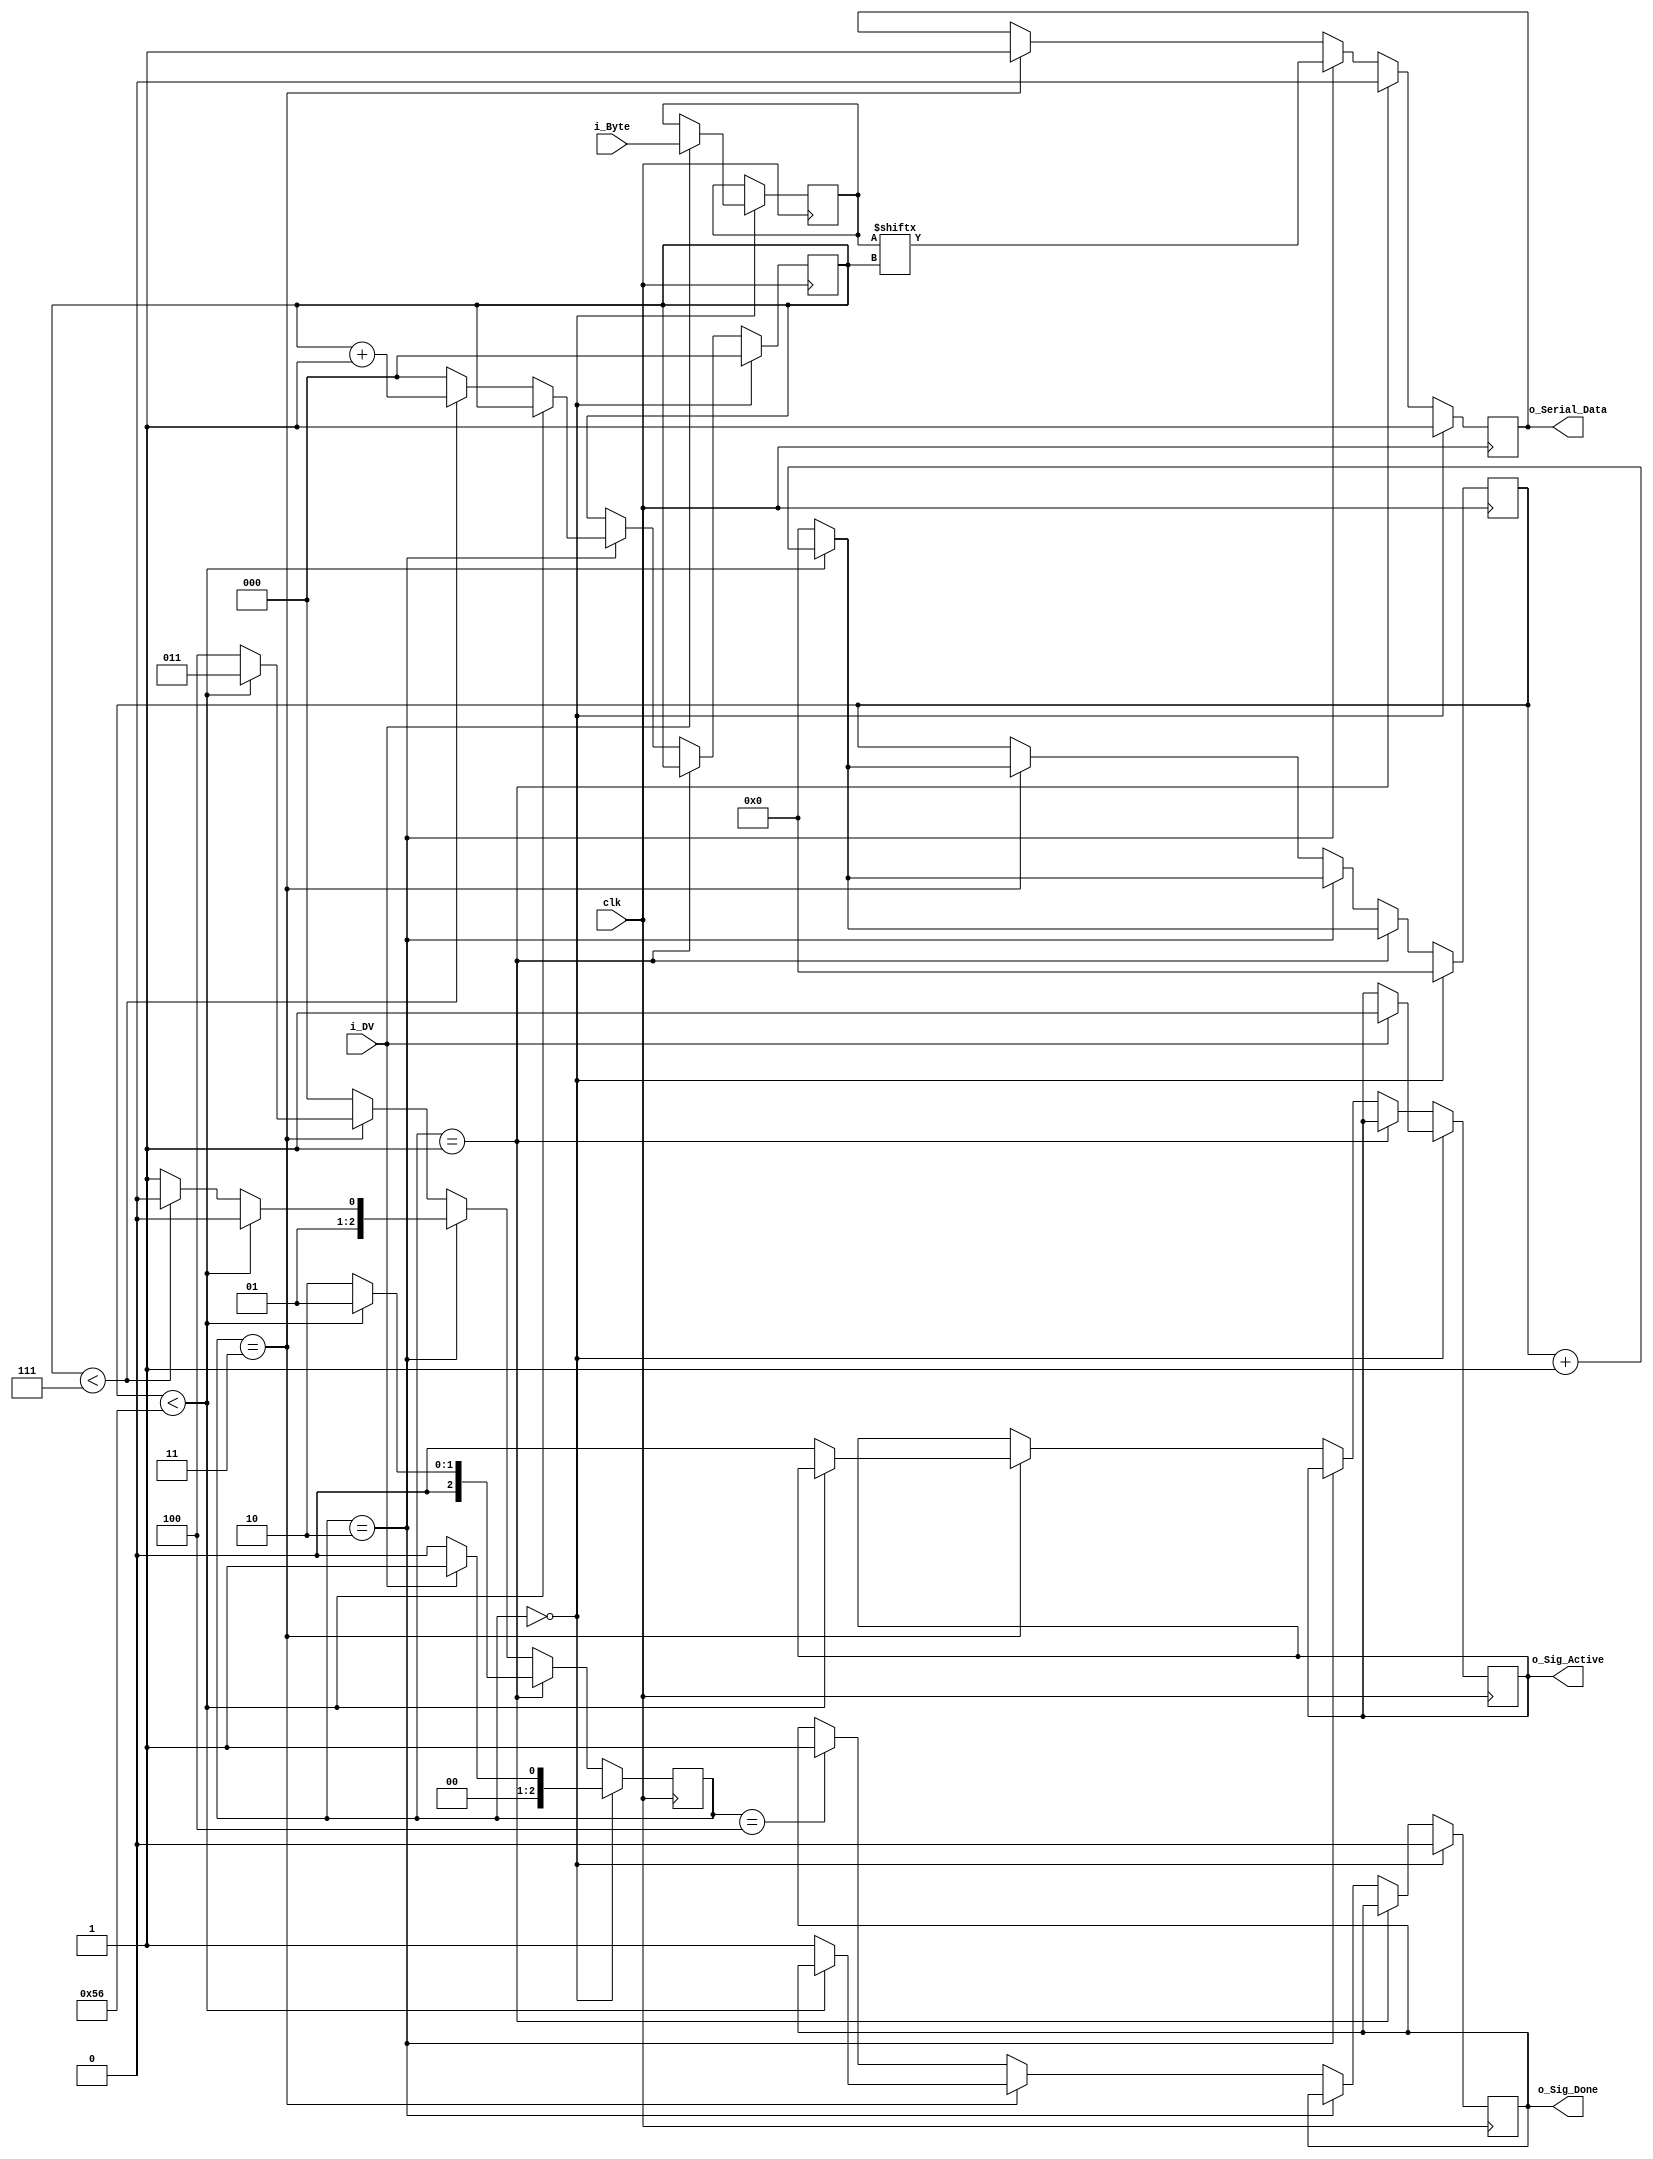
module transmitter (
    clk,
    i_DV,
    i_Byte, 
    o_Sig_Active,
    o_Serial_Data,
    o_Sig_Done
    );

    
    parameter FREQUENCY = 87;

    input clk;
    input i_DV;
    input [7:0] i_Byte; 

    output o_Sig_Active;
    output reg o_Serial_Data;
    output o_Sig_Done;

    reg [7:0] r_Counter = 0;
    reg [2:0] r_Index = 0;
    reg [7:0] r_Data = 0;
    reg r_Done = 0;
    reg r_Active = 0;

    reg [2:0] r_State = 0;
    reg [2:0] r_State_Idle = 3'b000;
    reg [2:0] r_State_Start = 3'b001;
    reg [2:0] r_Start_Data_Bits = 3'b010;
    reg [2:0] r_State_Stop_Bit = 3'b011;
    reg [2:0] r_State_Refresh = 3'b100;
        
    always @(posedge clk) begin
        
        case (r_State)
            r_State_Idle: begin
                o_Serial_Data <= 1'b1;         
                r_Done <= 1'b0;
                r_Counter <= 0;
                r_Index <= 0;
                    
                if (i_DV == 1'b1) begin
                    r_Active <= 1'b1;
                    r_Data <= i_Byte;
                    r_State <= r_State_Start;
                end

                else
                    r_State <= r_State_Idle;
            end 
            
            r_State_Start: begin
                o_Serial_Data <= 1'b0;
                
                if (r_Counter < FREQUENCY-1) begin
                    r_Counter <= r_Counter + 1;
                    r_State <= r_State_Start;
                end

                else begin
                    r_Counter <= 0;
                    r_State <= r_Start_Data_Bits;
                end
            end 
                
            r_Start_Data_Bits: begin
                o_Serial_Data <= r_Data[r_Index];
                    
                if (r_Counter < FREQUENCY-1) begin
                    r_Counter <= r_Counter + 1;
                    r_State <= r_Start_Data_Bits;
                end

                else begin
                    r_Counter <= 0;
                        
                    if (r_Index < 7) begin
                        r_Index <= r_Index + 1;
                        r_State <= r_Start_Data_Bits;
                    end

                    else begin
                        r_Index <= 0;
                        r_State <= r_State_Stop_Bit;
                    end
                end
            end 
                
            r_State_Stop_Bit: begin
                o_Serial_Data <= 1'b1;
                    
                if (r_Counter < FREQUENCY-1) begin
                    r_Counter <= r_Counter + 1;
                    r_State <= r_State_Stop_Bit;
                end

                else begin
                    r_Done <= 1'b1;
                    r_Counter <= 0;
                    r_State <= r_State_Refresh;
                    r_Active <= 1'b0;
                end
            end 
                
            r_State_Refresh: begin
                r_Done <= 1'b1;
                r_State <= r_State_Idle;
            end
                
            default:
                r_State <= r_State_Idle;
                
        endcase
    end

    assign o_Sig_Active = r_Active;
    assign o_Sig_Done   = r_Done;

endmodule